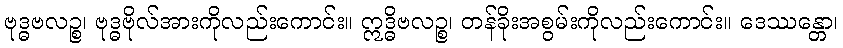
ဗုဒ္ဓဗလဉ္စ၊ ဗုဒ္ဓဗိုလ်အားကိုလည်းကောင်း။ ဣဒ္ဓိဗလဉ္စ၊ တန်ခိုးအစွမ်းကိုလည်းကောင်း။ ဒေဿန္တော၊